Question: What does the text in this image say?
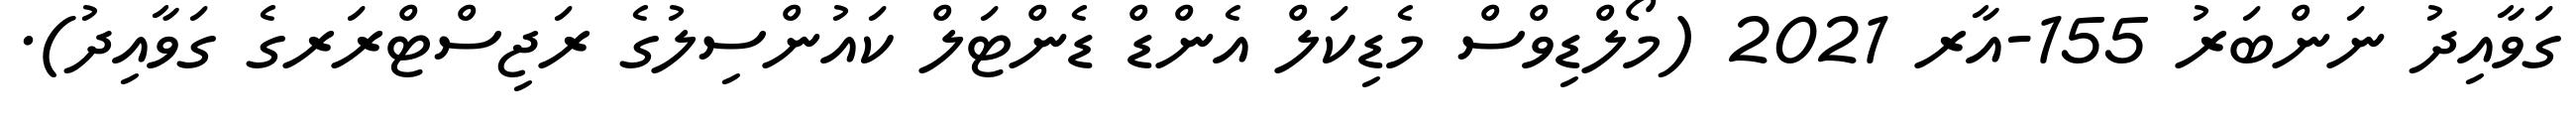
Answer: ގަވާއިދު ނަންބަރު 155-އާރ 2021 (މޯލްޑިވްސް މެޑިކަލް އެންޑް ޑެންޓަލް ކައުންސިލުގެ ރަޖިސްޓްރަރގެ ގަވާއިދު).